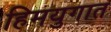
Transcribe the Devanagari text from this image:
हिमयुगात